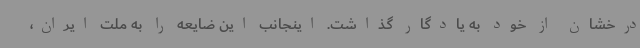
درخشان از خود به یادگار گذاشت. اینجانب این ضایعه را به ملت ایران،